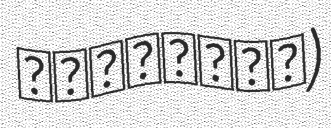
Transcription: ڤونتيناك)